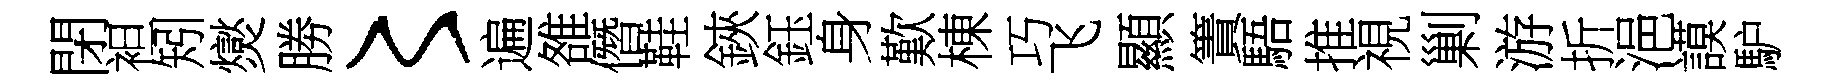
閉袒矧爕勝〻遍雒僭鞋鋏鈺身歎棟巧飞顯簀䮏推視剿游折浥謨馿